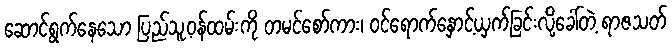
ဆောင်ရွက်နေသော ပြည်သူ့ဝန်ထမ်းကို တမင်စော်ကား၊ ဝင်ရောက်နှောင့်ယှက်ခြင်းလို့ခေါ်တဲ့ ရာဇသတ်